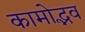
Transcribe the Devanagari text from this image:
कामोद्भव